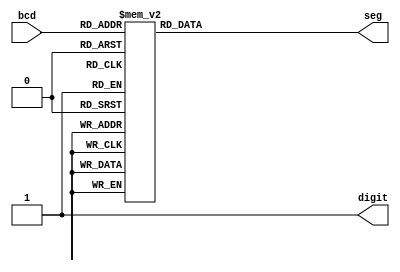
module segment (bcd, seg, digit);

input [3:0] bcd;
output [7:0] seg;
output digit;

reg [7:0] tmp;

always @(*) begin
    case (bcd)
      4'b0000: tmp <= 8'b0011_1111;				// display 0
      4'b0001: tmp <= 8'b0000_0110;				// display 1
      4'b0010: tmp <= 8'b0101_1011;				// display 2
      4'b0011: tmp <= 8'b0100_1111;				// display 3
      4'b0100: tmp <= 8'b0110_0110;				// display 4
      4'b0101: tmp <= 8'b0110_1101;				// display 5
      4'b0110: tmp <= 8'b0111_1101;				// display 6
      4'b0111: tmp <= 8'b0000_0111;				// display 7
      4'b1000: tmp <= 8'b0111_1111;				// display 8
      4'b1001: tmp <= 8'b0110_1111;				// display 9
    default: tmp <= 8'b0100_0000;
    endcase
end

assign digit = 1;
assign seg = tmp;

endmodule